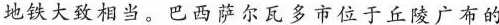
地铁大致相当。巴西萨尔瓦多市位于丘陵广布的